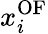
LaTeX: x_{i}^{\mathrm{{OF}}}